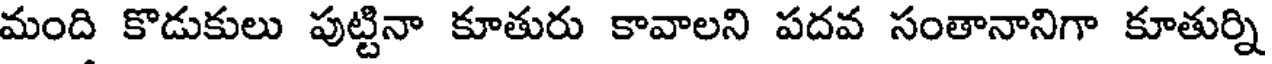
మంది కొడుకులు పుట్టినా కూతురు కావాలని పదవ సంతానానిగా కూతుర్ని